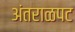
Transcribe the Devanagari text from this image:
अंतराळपट